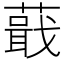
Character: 蕺